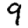
Digit: 9